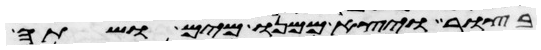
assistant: בצור ויצא ממנו מים ושתה